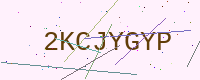
Text: 2KCJYGYP